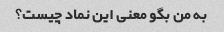
به من بگو معنی این نماد چیست؟